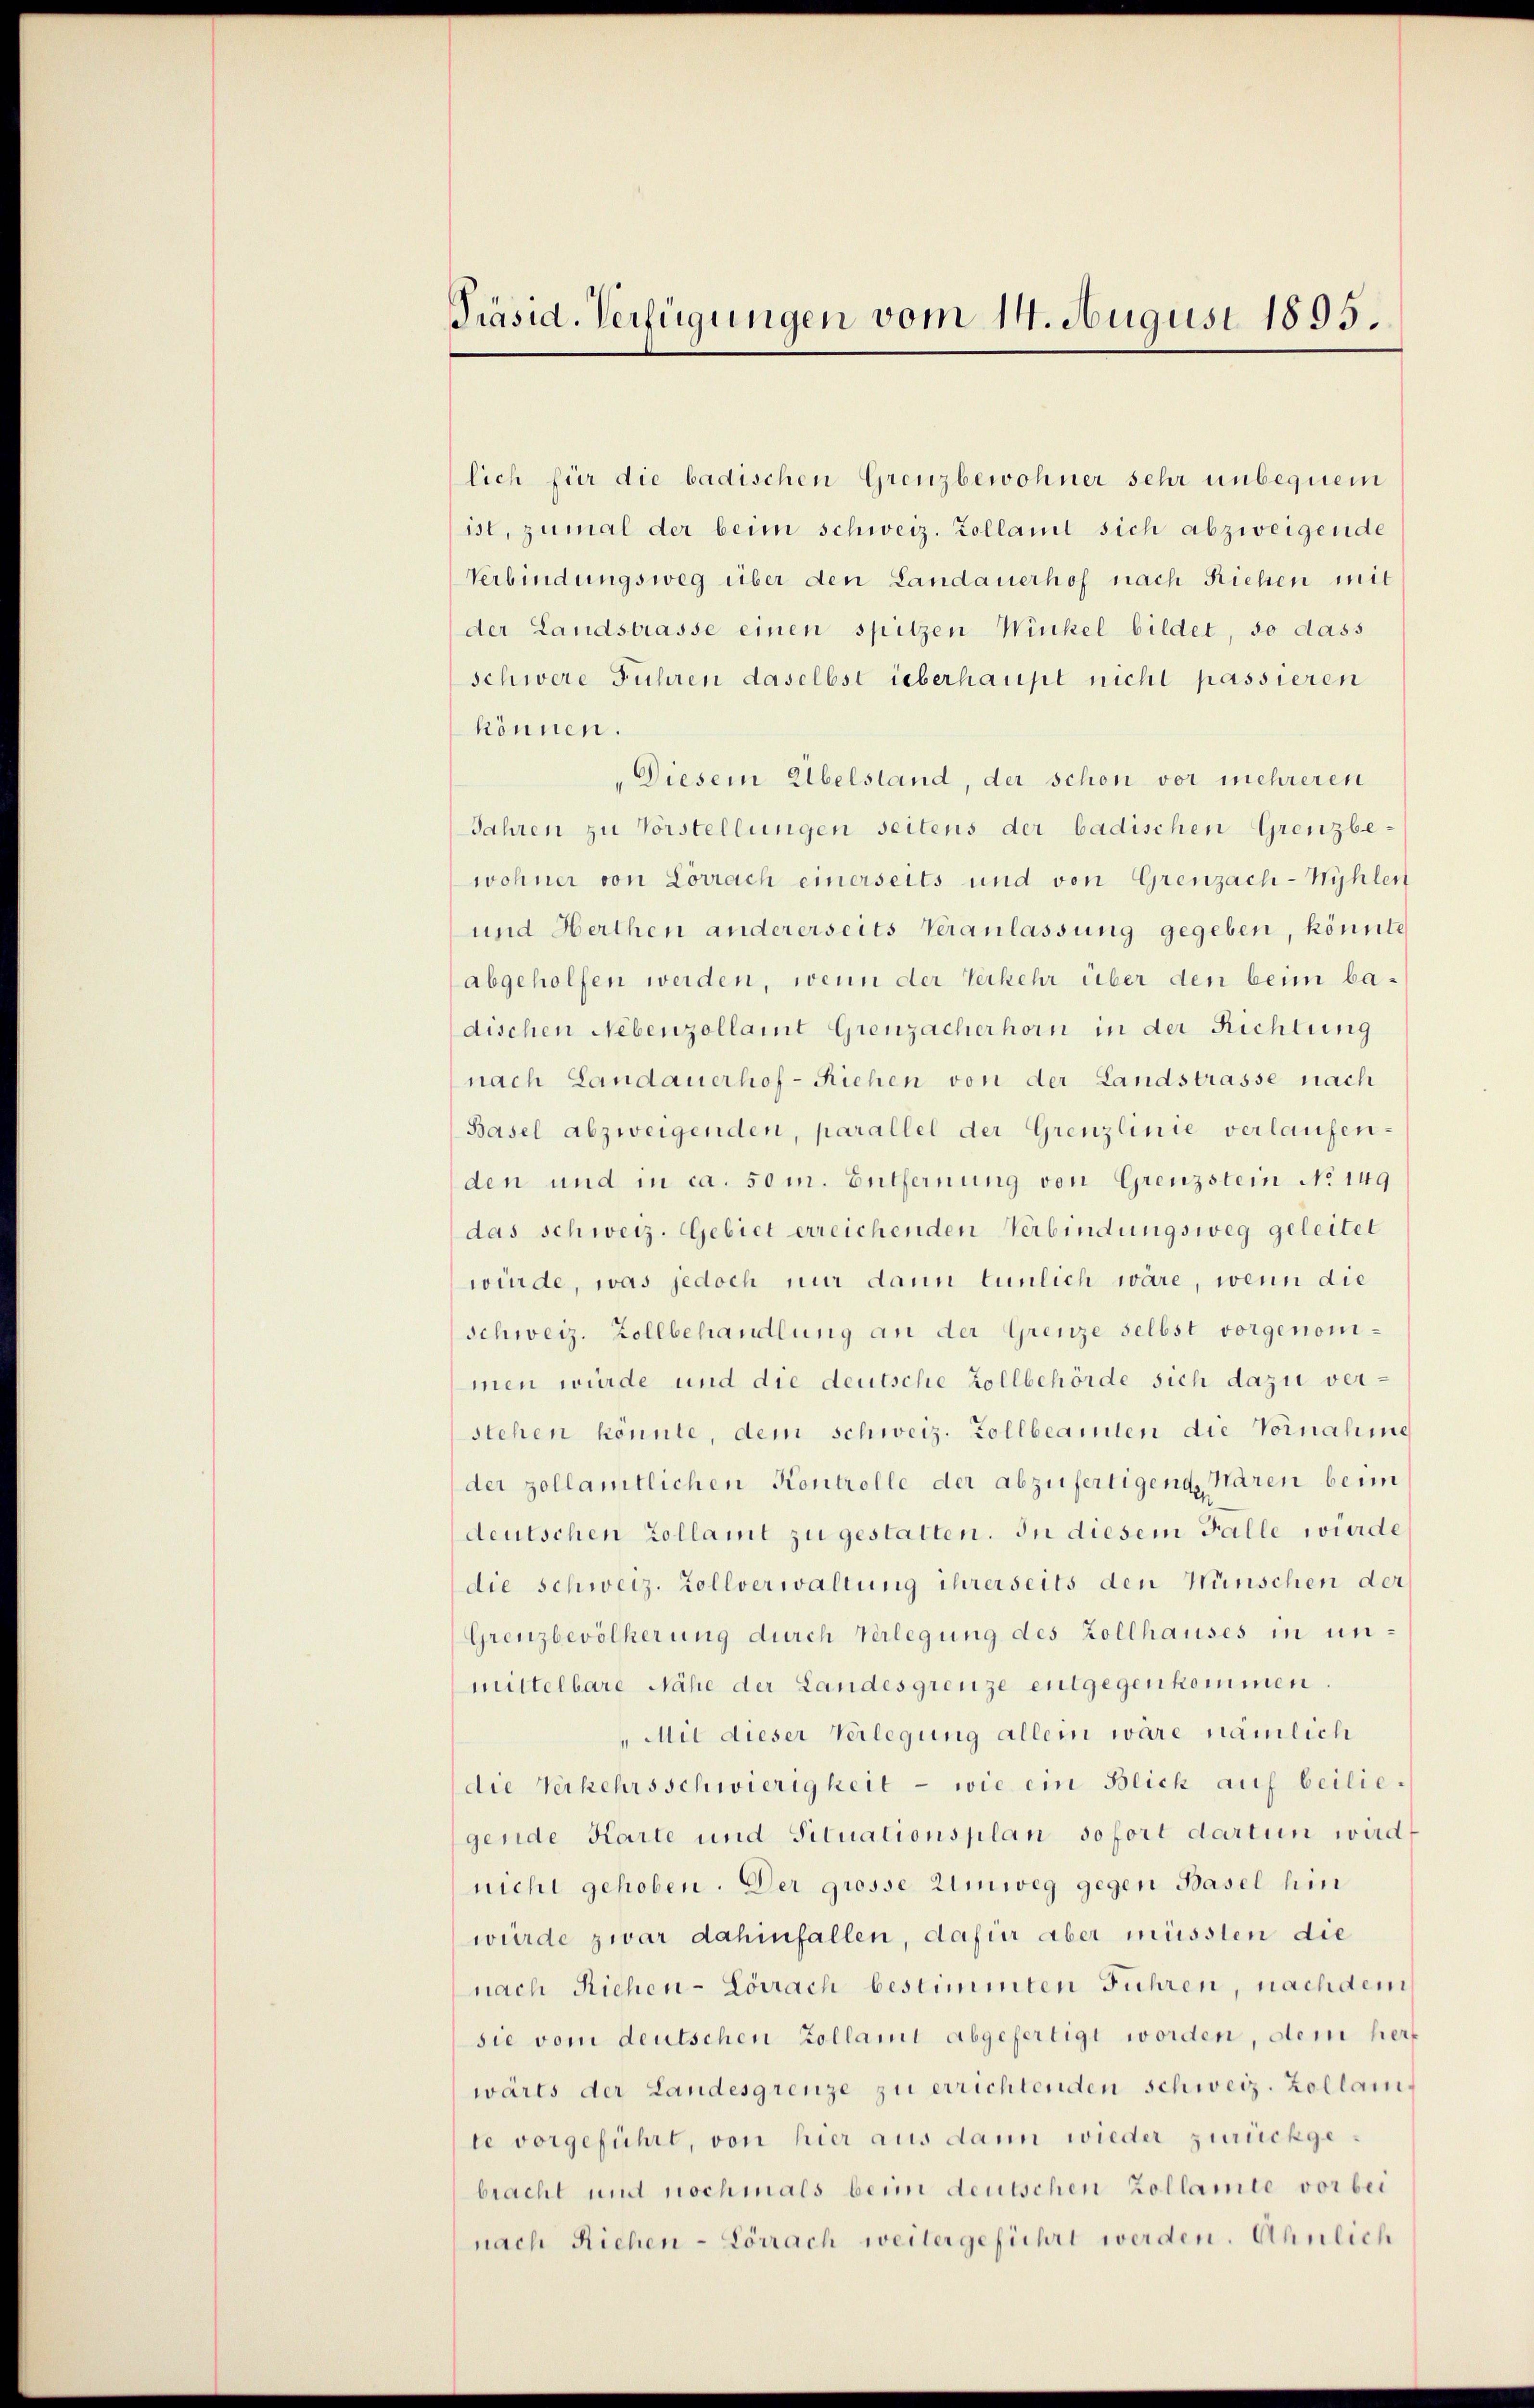
Pääsid. Verfügungen vom 14. August 1895.

lich für die badischen Grenzbewohner sehr unbequem
ist, zumal der beim schweiz. Kollamt sich abzweigende
Verbindungsweg über den Landauerhof nach Riehen mit
der Landstrasse einen spitzen Winkel bildet, so dass
schwere Fuhren daselbst überhaupt nicht passieren
können.
" Diesem Übelstand, der schon vor mehreren
Jahren zu Vorstellungen seitens der badischen Grenzbe-
wohner von Lörrach einerseits und von Grenzach-Mühlen
und Herthen andererseits Veranlassung gegeben, könnte
abgeholfen werden, wenn der Verkehr über den beim badischen Nebenzollamt Grenzacherhorn in der Richtung
nach Landauerhof-Riehen von der Landstrasse nach
Basel abzweigenden, parallel der Grenzlinie verlaufenden und in ca. 50 m. Entfernung von Grenzstein No 149
das schweiz. Gebiet erreichenden Verbindungsweg geleitet
würde, was jedoch nur dann tunlich wäre, wenn die
Schweiz. Zollbehandlung an der Grenze selbst vorgenommen würde und die deutsche Zollbehörde sich dazu verstehen konnte, dem schweiz. Zollbeamten die Vornahme
der zollamtlichen Kontrolle der abzufertigende Maren beim
deutschen Zollamt zu gestatten. In diesem Falle würde
die Schweiz. Zollverwaltung ihrerseits den Wünschen der
Grenzbevölkerung durch Verlegung des Zollhauses in unmittelbare Nähe der Landesgrenze entgegenkommen.
„Mit dieser Verlegung allein wäre nämlich
die Verkehrsschwierigkeit - wie ein Blick auf beilie.
gende Karte und Situationsplan sofort dartun wird,
nicht gehoben. Der grosse Umweg gegen Basel hin
würde zwar dahinfallen, dafür aber müssten die
nach Riehen-Lörrach bestimmten Fuhren, nach dem
sie vom deutschen Zollamt abgefertigt worden, dem herz
wäres der Landesgrenze zu errichtenden schweiz. Zollamte vorgeführt, von hier aus dann wieder zurückgebracht und nochmals beim deutschen Zollamte vorbei
nach Riehen - Lörrach weitergeführt werden. Ähnlich